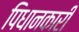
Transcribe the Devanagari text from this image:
पिधानकारी